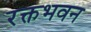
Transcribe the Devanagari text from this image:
रक्तभवन